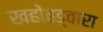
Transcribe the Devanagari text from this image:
खहोहड्वारा